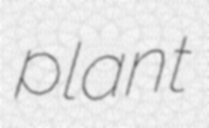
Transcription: plant